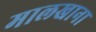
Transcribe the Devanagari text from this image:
मालखाना